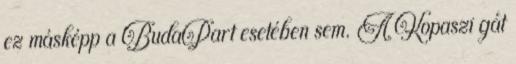
ez másképp a BudaPart esetében sem. A Kopaszi gát